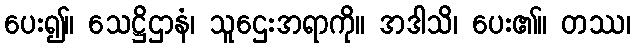
ပေး၍။ သေဋ္ဌိဌာနံ၊ သူဌေးအရာကို။ အဒါသိ၊ ပေး၏။ တဿ၊